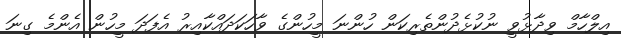
އިލްހާމް ވިދާޅުވީ ނުކުޅެދުންތެރިކަން ހުންނަ މީހުންގެ ވާހަކަދައްކާއިރު އެފަދަ މީހުން އެންމެ ގިނަ